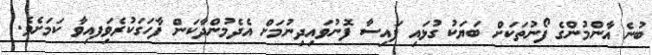
ބުނެ އާންމުންގެ ފޯނުތަކަށް ބަޔަކު ގުޅައި ފައިސާ ފޮނުވައިދިނުމަށް އެދެމުންދާކަން ފާހަގަކުރެވިަފއިވާ ކަމަށެވެ.